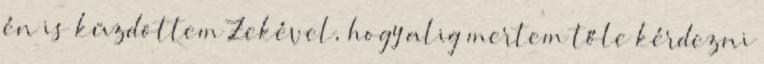
én is küzdöttem Zekével, hogy alig mertem tőle kérdezni